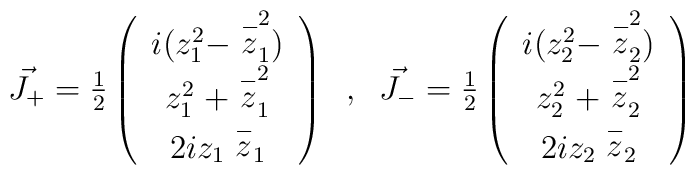
\begin{array}{cc} \vec{J_{+}}   = \frac{1}{2} \left(  \begin{array}{c}  i (z_1^2 - \stackrel{-}{z}_1^2) \\ z_1^2 \;+ \stackrel{-}{z}_1^2  \\ 2 i z_1  \stackrel{-}{z}_1         \end{array} \right) \;\; , \;\;  \vec{J_{-}}   = \frac{1}{2} \left(  \begin{array}{c}  i (z_2^2 -  \stackrel{-}{z}_2^2) \\ z_2^2 \;+ \stackrel{-}{z}_2^2  \\ 2 i z_2  \stackrel{-}{z}_2        \end{array} \right)\end{array}